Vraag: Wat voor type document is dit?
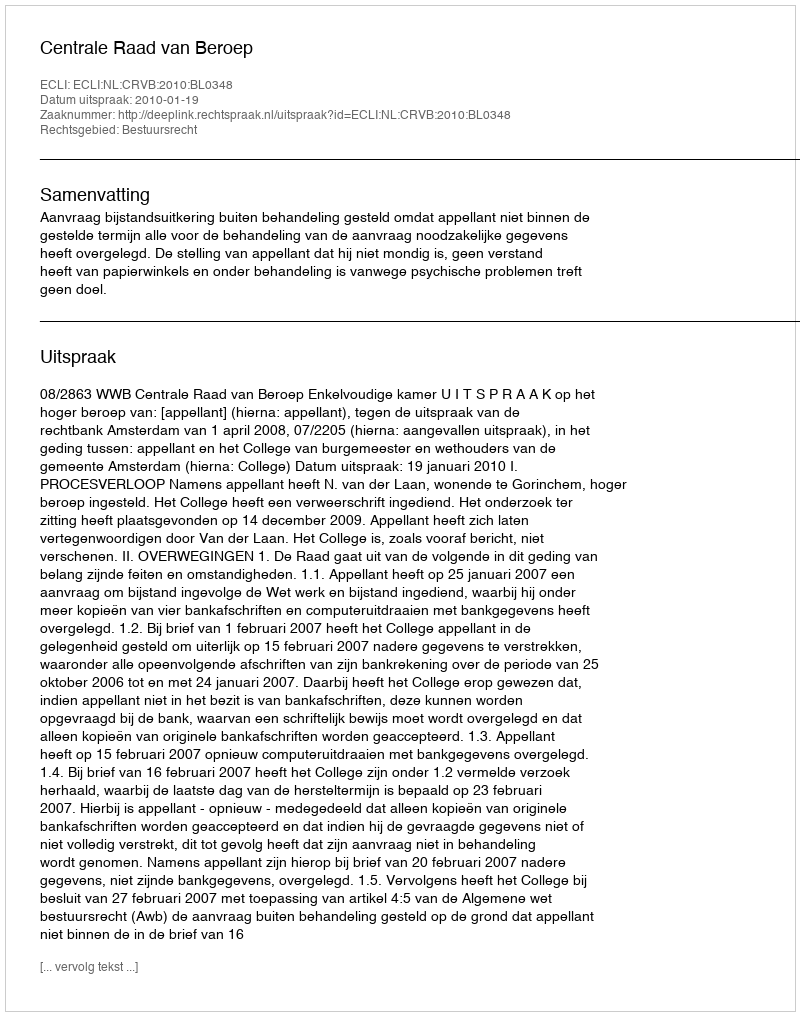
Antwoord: Uitspraak